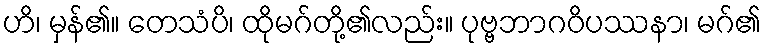
ဟိ၊ မှန်၏။ တေသံပိ၊ ထိုမဂ်တို့၏လည်း။ ပုဗ္ဗဘာဂဝိပဿနာ၊ မဂ်၏